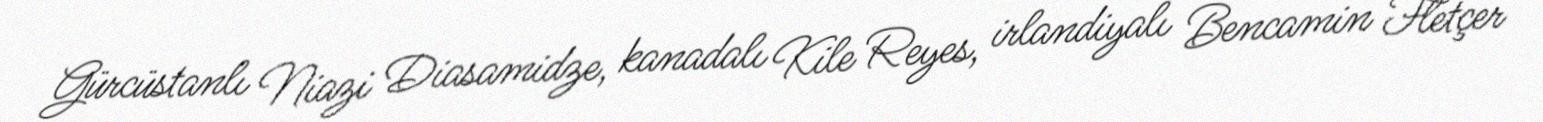
Gürcüstanlı Niazi Diasamidze, kanadalı Kile Reyes, irlandiyalı Bencamin Fletçer